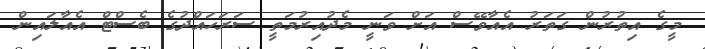
މީގެ އިތުރުން ގަތަރު އެއާވޭސް އަށް ވަނީ މެދުއިރުމަތީ ސަރަހައްދުގެ ބެސްޓް އެއާލައިން